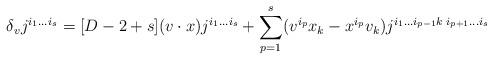
LaTeX: \begin{align*}\delta_v j^{i_1\ldots i_s}=[D-2+s](v\cdot x) j^{i_1\ldots i_s}+\sum\limits_{p=1}^s(v^{i_p}x_k-x^{i_p}v_k)j^{i_1\ldots i_{p-1}k\; i_{p+1}\ldots i_s}\end{align*}